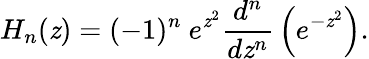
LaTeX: H_{n}(\mathit{z})=(-1)^{n}~e^{\mathit{z}^{2}}{\frac{{d^{n}}}{{d\mathit{z}^{n}}}}\left(e^{-\mathit{z}^{2}}\right).